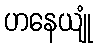
ဟနေယျုံ